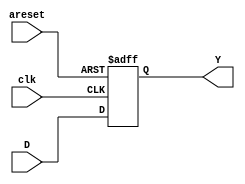
///////////////////////////////////////////////////////////////////////////////
///Jose Luis Alvarez Pineda
///19392
///Electronica digital
///Proyecto 1
///FSMs en conjunto
///union de todas las FSM y adicion del timmer
///////////////////////////////////////////////////////////////////////////////

//implementacion de un FF con solo reset asincrono y es del tipo D
module Dflop(
  input wire areset, clk,
  input wire [3:0] D,
  output reg [3:0] Y);

    always @ ( posedge clk, posedge areset) begin
      if (areset) Y <= 4'b0000;
      else Y <= D;
    end

endmodule
///////////////////////////////////////////////////////////////////////////////
///
///TIMMERS
///////////////////////////////////////////////////////////////////////////////
module timmerA(
  input wire CLK,
  input wire RESET,
  input wire [1:0] M,
  output reg Y,
  output reg[2:0] count);

  reg[2:0] tiempo = 3'b000;
  reg permit = 1;

always @ ( posedge CLK, M[1], M[0], RESET) begin

if(RESET == 1)begin
  tiempo <= 3'b000;
  Y <= 0;
  permit <= 1;
end

  if(CLK == 1)begin


      if((M[1] == 1) & (permit == 1))begin
        tiempo <= tiempo + 3'b001;
        Y <= 0;
      end

      else if((M[0] == 1) & (permit == 1))begin
        tiempo <= tiempo + 3'b001;
        Y <= 0;
      end

      if (tiempo == 3'b101)begin
        Y <= 1;
        permit <= 0;
      end

      count <= tiempo;
  end
end

endmodule

module timmerB(
  input wire CLK,
  input wire RESET,
  input wire [1:0] M,
  output reg Y,
  output reg[2:0] count);

  reg[2:0] tiempo = 3'b000;
  reg permit = 1;

always @ ( posedge CLK, M[1], M[0], RESET) begin

if(RESET == 1)begin
  tiempo <= 3'b000;
  Y <= 0;
  permit <= 1;
end

  if(CLK == 1)begin

      if((M[1] == 1) & (permit == 1))begin
        tiempo <= tiempo + 3'b001;
        Y <= 0;
      end

      else if((M[0] == 1) & (permit == 1))begin
        tiempo <= tiempo + 3'b001;
        Y <= 0;
      end

      if (tiempo == 3'b110)begin
        Y <= 1;
        permit <= 0;
      end

      count <= tiempo;
  end
end

endmodule

module timmerC(
  input wire CLK,
  input wire RESET,
  input wire M,
  output reg Y,
  output reg[2:0] count);

  reg[2:0] tiempo = 3'b000;
  reg permit = 1;

always @ ( posedge CLK, M, RESET) begin

if(RESET == 1)begin
  tiempo <= 3'b000;
  Y <= 0;
  permit <= 1;
end

  if(CLK == 1)begin

      if((M == 1) & (permit == 1))begin
        tiempo <= tiempo + 3'b001;
        Y <= 0;
      end

      if (tiempo == 3'b011)begin
        Y <= 1;
        permit <= 0;
      end

      count <= tiempo;
  end
end

endmodule

///////////////////////////////////////////////////////////////////////////////
///
///MAQUINA DISPENSADORA
////////////////////////////////////////////////////////////////////////////////
module FSMdisp(
  input wire RESET, CLK,
  input wire E, A, B, C,
  input wire [3:0] SA,
  input wire [2:0] CIN,
  output wire [1:0] M1,
  output wire [1:0] M2,
  output wire M3,Li,
  output wire [2:0] IND,
  output wire [3:0]S,
  output wire [3:0]Sf);

  Dflop FF1estado (RESET, CLK, Sf, S);

//estados futuros de la maquina de dispensar
assign Sf[3] = (S[3] & ~S[2] & ~S[1]) | (~S[3] & S[2] & S[1] & ~S[0] & SA[2]);

assign Sf[2] = (~S[3] & S[2] & ~S[1]) | (~S[3] & S[1] & S[0]) | (~S[3] & S[2] & ~SA[2]);

assign Sf[1] = (~S[3] & S[2] & S[1] & S[0]) | (~S[3] & ~S[2] & S[1] & ~S[0]) |
                (~S[3] & S[2] & ~S[1] & B) | (~S[3] & ~S[2] & ~S[1] & S[0] & A) |
                (~S[3] & ~S[2] & ~S[0] & SA[3] & ~SA[2] & SA[0] & CIN[2] & CIN[1] & E) |
                (~S[3] & ~S[2] & ~S[0] & SA[3] & SA[0] & CIN[2] & CIN[1] & CIN[0] & E) |
                (~S[3] & S[1] & ~S[0] & ~SA[2]);

assign Sf[0] = (~S[2] & ~S[1] & S[0]) | (~S[3] & S[2] & S[1] & S[0]) | (~S[3] & S[2] & S[1] & ~SA[2]) |
                (S[3] & ~S[2] & ~S[1] & C) | (~S[3] & ~S[2] & S[1] & ~S[0] & A) |
                (~S[3] & ~S[2] & ~S[1] & SA[3] & ~SA[2] & ~SA[0] & CIN[2] & CIN[1] & E) |
                (~S[3] & ~S[2] & ~S[1] & SA[3] & ~SA[0] & CIN[2] & CIN[1] & CIN[0] & E) |
                (~S[3] & S[1] & S[0] & SA[1]) | (~S[3] & ~S[1] & S[0] & ~B) ;
//salidas de la maquina de dispensar
assign M1[1] = ~S[3] & ~S[2] & S[1] & ~S[0];

assign M1[0] = ~S[3] & ~S[2] & ~S[1] & S[0];

assign M2[1] = ~S[3] & S[2] & ~S[1] & S[0];

assign M2[0] = ~S[3] & S[2] & ~S[1] & ~S[0];

assign M3 = S[3] & ~S[2] & ~S[1] & ~S[0];

assign Li = (~S[3] & S[2] & S[1] & S[0]) | (S[3] & ~S[2] & ~S[1] & S[0]);

assign IND[2] = (~S[3] & S[2] & S[1]) | (S[3] & ~S[2] & ~S[1]) | (~S[3] & S[2] & S[0]) | (~S[3] & S[1] & S[0]);

assign IND[1] = (~S[3] & S[1]) | (~S[3] & S[2] & ~S[0]) | (S[3] & ~S[2] & ~S[1] & S[0]);

assign IND[0] = (S[3] & ~S[2] & ~S[1]) | (~S[3] & S[2] & ~S[0]) | (~S[3] & ~S[2] & S[0]) | (~S[3] & S[1] & S[0]);

endmodule
///////////////////////////////////////////////////////////////////////////////
///
///MAQUINA SELECTORA
///////////////////////////////////////////////////////////////////////////////
module SFMSelector(
  input areset,clk,
  input wire C,T,L,A,N,V,
  output wire [3:0]S,
  output wire [3:0]Sf,
  output wire [3:0]SA);

 Dflop FF1 (areset, clk, Sf, S);

//SON LOS ESTADOS FUTUROS INTERNOS DE LA MAQUINA
 assign Sf[3] = (S[3] & ~S[2]) | (S[3] & ~S[1]) | (S[3] & ~S[0]) |(~S[2] & ~S[1] & ~S[0] & ~C & T);

 assign Sf[2] = (~S[3] & S[2]) | (S[2] & ~S[1]) | (S[2] & ~S[0]) | (~S[3] & S[1] & ~N & V)
                | (S[1] & ~S[0] & ~N & V) | (~S[3] & S[1] & N & ~V)
                | (S[1] & ~S[0] & N & ~V) | (S[3] & ~S[1] & S[0] & ~N & V);

 assign Sf[1] = (S[2] & S[1] & ~S[0]) | (~S[3] & ~S[2] & S[0] & ~L & A) |
                (~S[3] & ~S[2] & S[0] & L & ~A) | (S[3] & ~S[2] & S[0] & N & ~V) |
                (~S[3] & S[1] & S[0]) | (S[3] & ~S[2] & S[1] & V) | (~S[2] & S[1] & N & V) |
                (~S[2] & S[1] & ~N & ~V) | (S[3] & ~S[2] & ~S[1] & ~S[0] & ~L & A) ;

 assign Sf[0] = (~S[3] & S[2] & S[0]) | (S[2] & ~S[1] & S[0]) | (~S[3] & ~S[2] & S[1] & ~N & V) |
                (S[3] & ~S[2] & S[1] & N & ~V) | (S[3] & ~S[2] & ~S[1] & ~S[0] & L & ~A) |
                | (~S[3] & ~S[1] & S[0] & ~L) | (~S[3] & ~S[1] & S[0] & A) | (S[3] & ~S[2] & S[0] & N) |
                (~S[2] & S[1] & S[0] & ~N) | (~S[2] & S[1] & S[0] & V) | (S[3] & ~S[2] & S[0] & ~V) |
                (~S[3] & ~S[2] & ~S[1] & ~S[0] & C & ~T);

//ASIGNACION DE LAS SALIDAS DEL MODULO
  assign SA[3] = S[2] | (S[3] & S[1] & S[0]);

  assign SA[2] = (~S[3] & S[2] & S[0]) | (S[3] & S[2] & ~S[0]);

  assign SA[1] = (S[2] & S[1]) | (S[3] & S[2] & S[0]) | (~S[3] & S[1] & S[0]) | (S[3] & S[1] & ~S[0]);

  assign SA[0] = S[3];

endmodule